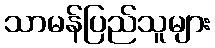
သာမန်ပြည်သူများ